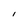
Character: I